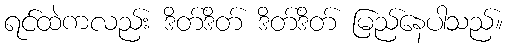
ရင်ထဲကလည်း ဒိတ်ဒိတ် ဒိတ်ဒိတ် မြည်နေပါသည်။